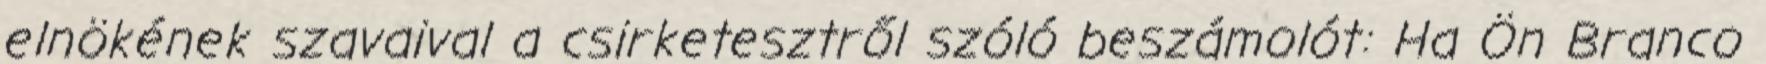
elnökének szavaival a csirketesztről szóló beszámolót: Ha Ön Branco